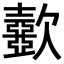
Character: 𣤼